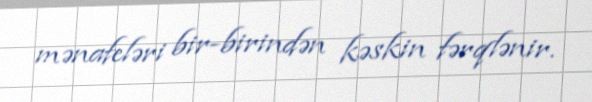
mənafeləri bir-birindən kəskin fərqlənir.